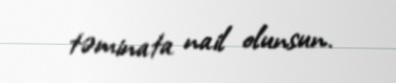
təminata nail olunsun.